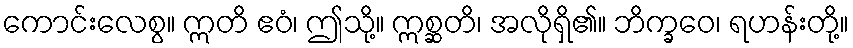
ကောင်းလေစွ။ ဣတိ ဧဝံ၊ ဤသို့။ ဣစ္ဆတိ၊ အလိုရှိ၏။ ဘိက္ခဝေ၊ ရဟန်းတို့။